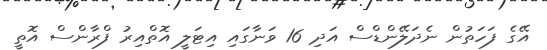
އޭގެ ފަހަތުން ނެދަލޭންޑްސް އަދި 16 ވަނާގައި އިޓަލީ އޮތްއިރު ފްރާންސް އޮތީ